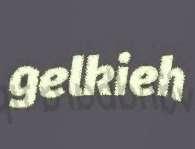
gelkieh